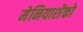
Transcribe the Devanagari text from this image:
मेनियाशेंको